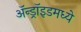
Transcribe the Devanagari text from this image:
ॲन्ड्रॉइडमध्ये